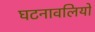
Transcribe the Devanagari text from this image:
घटनावलियों